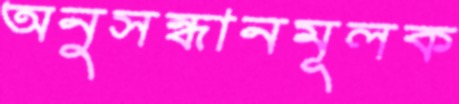
অনুসন্ধানমূলক